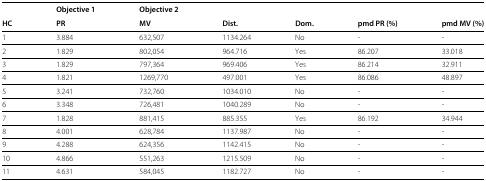
<table><thead><tr><td></td><td><b>Objective 1</b></td><td><b>Objective 2</b></td><td></td><td></td><td></td><td></td></tr><tr><td><b>HC</b></td><td><b>PR</b></td><td><b>MV</b></td><td><b>Dist.</b></td><td><b>Dom.</b></td><td><b>pmd PR (%)</b></td><td><b>pmd MV (%)</b></td></tr></thead><tbody><tr><td>1</td><td>3.884</td><td>632,507</td><td>1134.264</td><td>No</td><td>-</td><td>-</td></tr><tr><td>2</td><td>1.829</td><td>802,054</td><td>964.716</td><td>Yes</td><td>86.207</td><td>33.018</td></tr><tr><td>3</td><td>1.829</td><td>797,364</td><td>969.406</td><td>Yes</td><td>86.214</td><td>32.911</td></tr><tr><td>4</td><td>1.821</td><td>1269,770</td><td>497.001</td><td>Yes</td><td>86.086</td><td>48.897</td></tr><tr><td>5</td><td>3.241</td><td>732,760</td><td>1034.010</td><td>No</td><td>-</td><td>-</td></tr><tr><td>6</td><td>3.348</td><td>726,481</td><td>1040.289</td><td>No</td><td>-</td><td>-</td></tr><tr><td>7</td><td>1.828</td><td>881,415</td><td>885.355</td><td>Yes</td><td>86.192</td><td>34.944</td></tr><tr><td>8</td><td>4.001</td><td>628,784</td><td>1137.987</td><td>No</td><td>-</td><td>-</td></tr><tr><td>9</td><td>4.288</td><td>624,356</td><td>1142.415</td><td>No</td><td>-</td><td>-</td></tr><tr><td>10</td><td>4.866</td><td>551,263</td><td>1215.509</td><td>No</td><td>-</td><td>-</td></tr><tr><td>11</td><td>4.631</td><td>584,045</td><td>1182.727</td><td>No</td><td>-</td><td>-</td></tr></tbody></table>